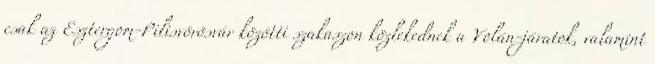
csak az Esztergom-Pilisvörösvár közötti szakaszon közlekednek a Volán-járatok, valamint